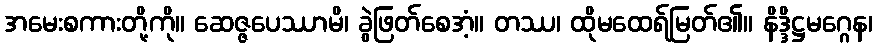
အမေးစကားတို့ကို။ ဆေဇ္ဇပေဿာမိ၊ ခွဲဖြတ်စေအံ့။ တဿ၊ ထိုမထေရ်မြတ်၏။ နိဒ္ဒိဋ္ဌမဂ္ဂေန၊